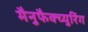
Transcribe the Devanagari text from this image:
मैनुफैक्च्युरिंग